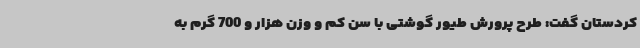
کردستان گفت: طرح پرورش طیور گوشتی با سن کم و وزن هزار و 700 گرم به